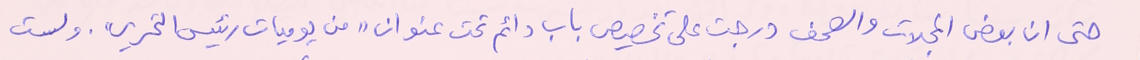
حتى ان بعض المجلات والصحف درجت على تخصيص باب دائم تحت عنوان "من يوميات رئيس التحرير". ولست